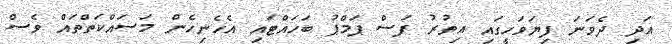
އަދި ދެވަނަ ފިޔަވަހީގައި އިތުރު ފަސް ޕަމްޕު ބަހައްޓައި އެހެނިހެން މަސައްކަތްތައް ވެސް